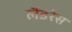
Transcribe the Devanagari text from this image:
लैंडरेस